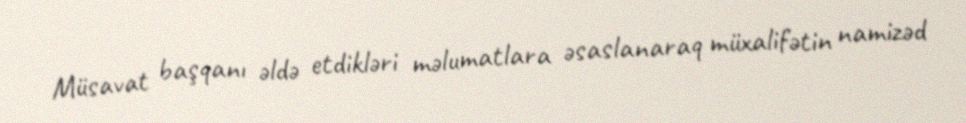
Müsavat başqanı əldə etdikləri məlumatlara əsaslanaraq müxalifətin namizəd